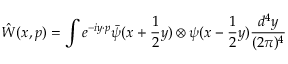
\hat { W } ( x , p ) = \int e ^ { - i y \cdot p } \bar { \psi } ( x + \frac { 1 } { 2 } y ) \otimes \psi ( x - \frac { 1 } { 2 } y ) \frac { d ^ { 4 } y } { ( 2 \pi ) ^ { 4 } }